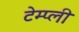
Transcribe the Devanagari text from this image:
टेम्प्ली